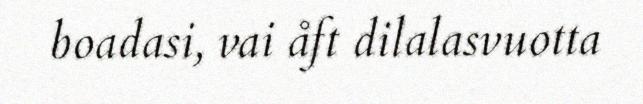
boadasi, vai åft dilalasvuotta